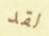
لقد